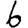
Digit: 6